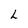
Character: L